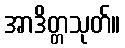
အာဒိတ္တသုတ်။